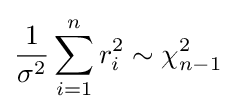
{\frac {1}{\sigma ^{2}}}\sum _{i=1}^{n}r_{i}^{2}\sim \chi _{n-1}^{2}